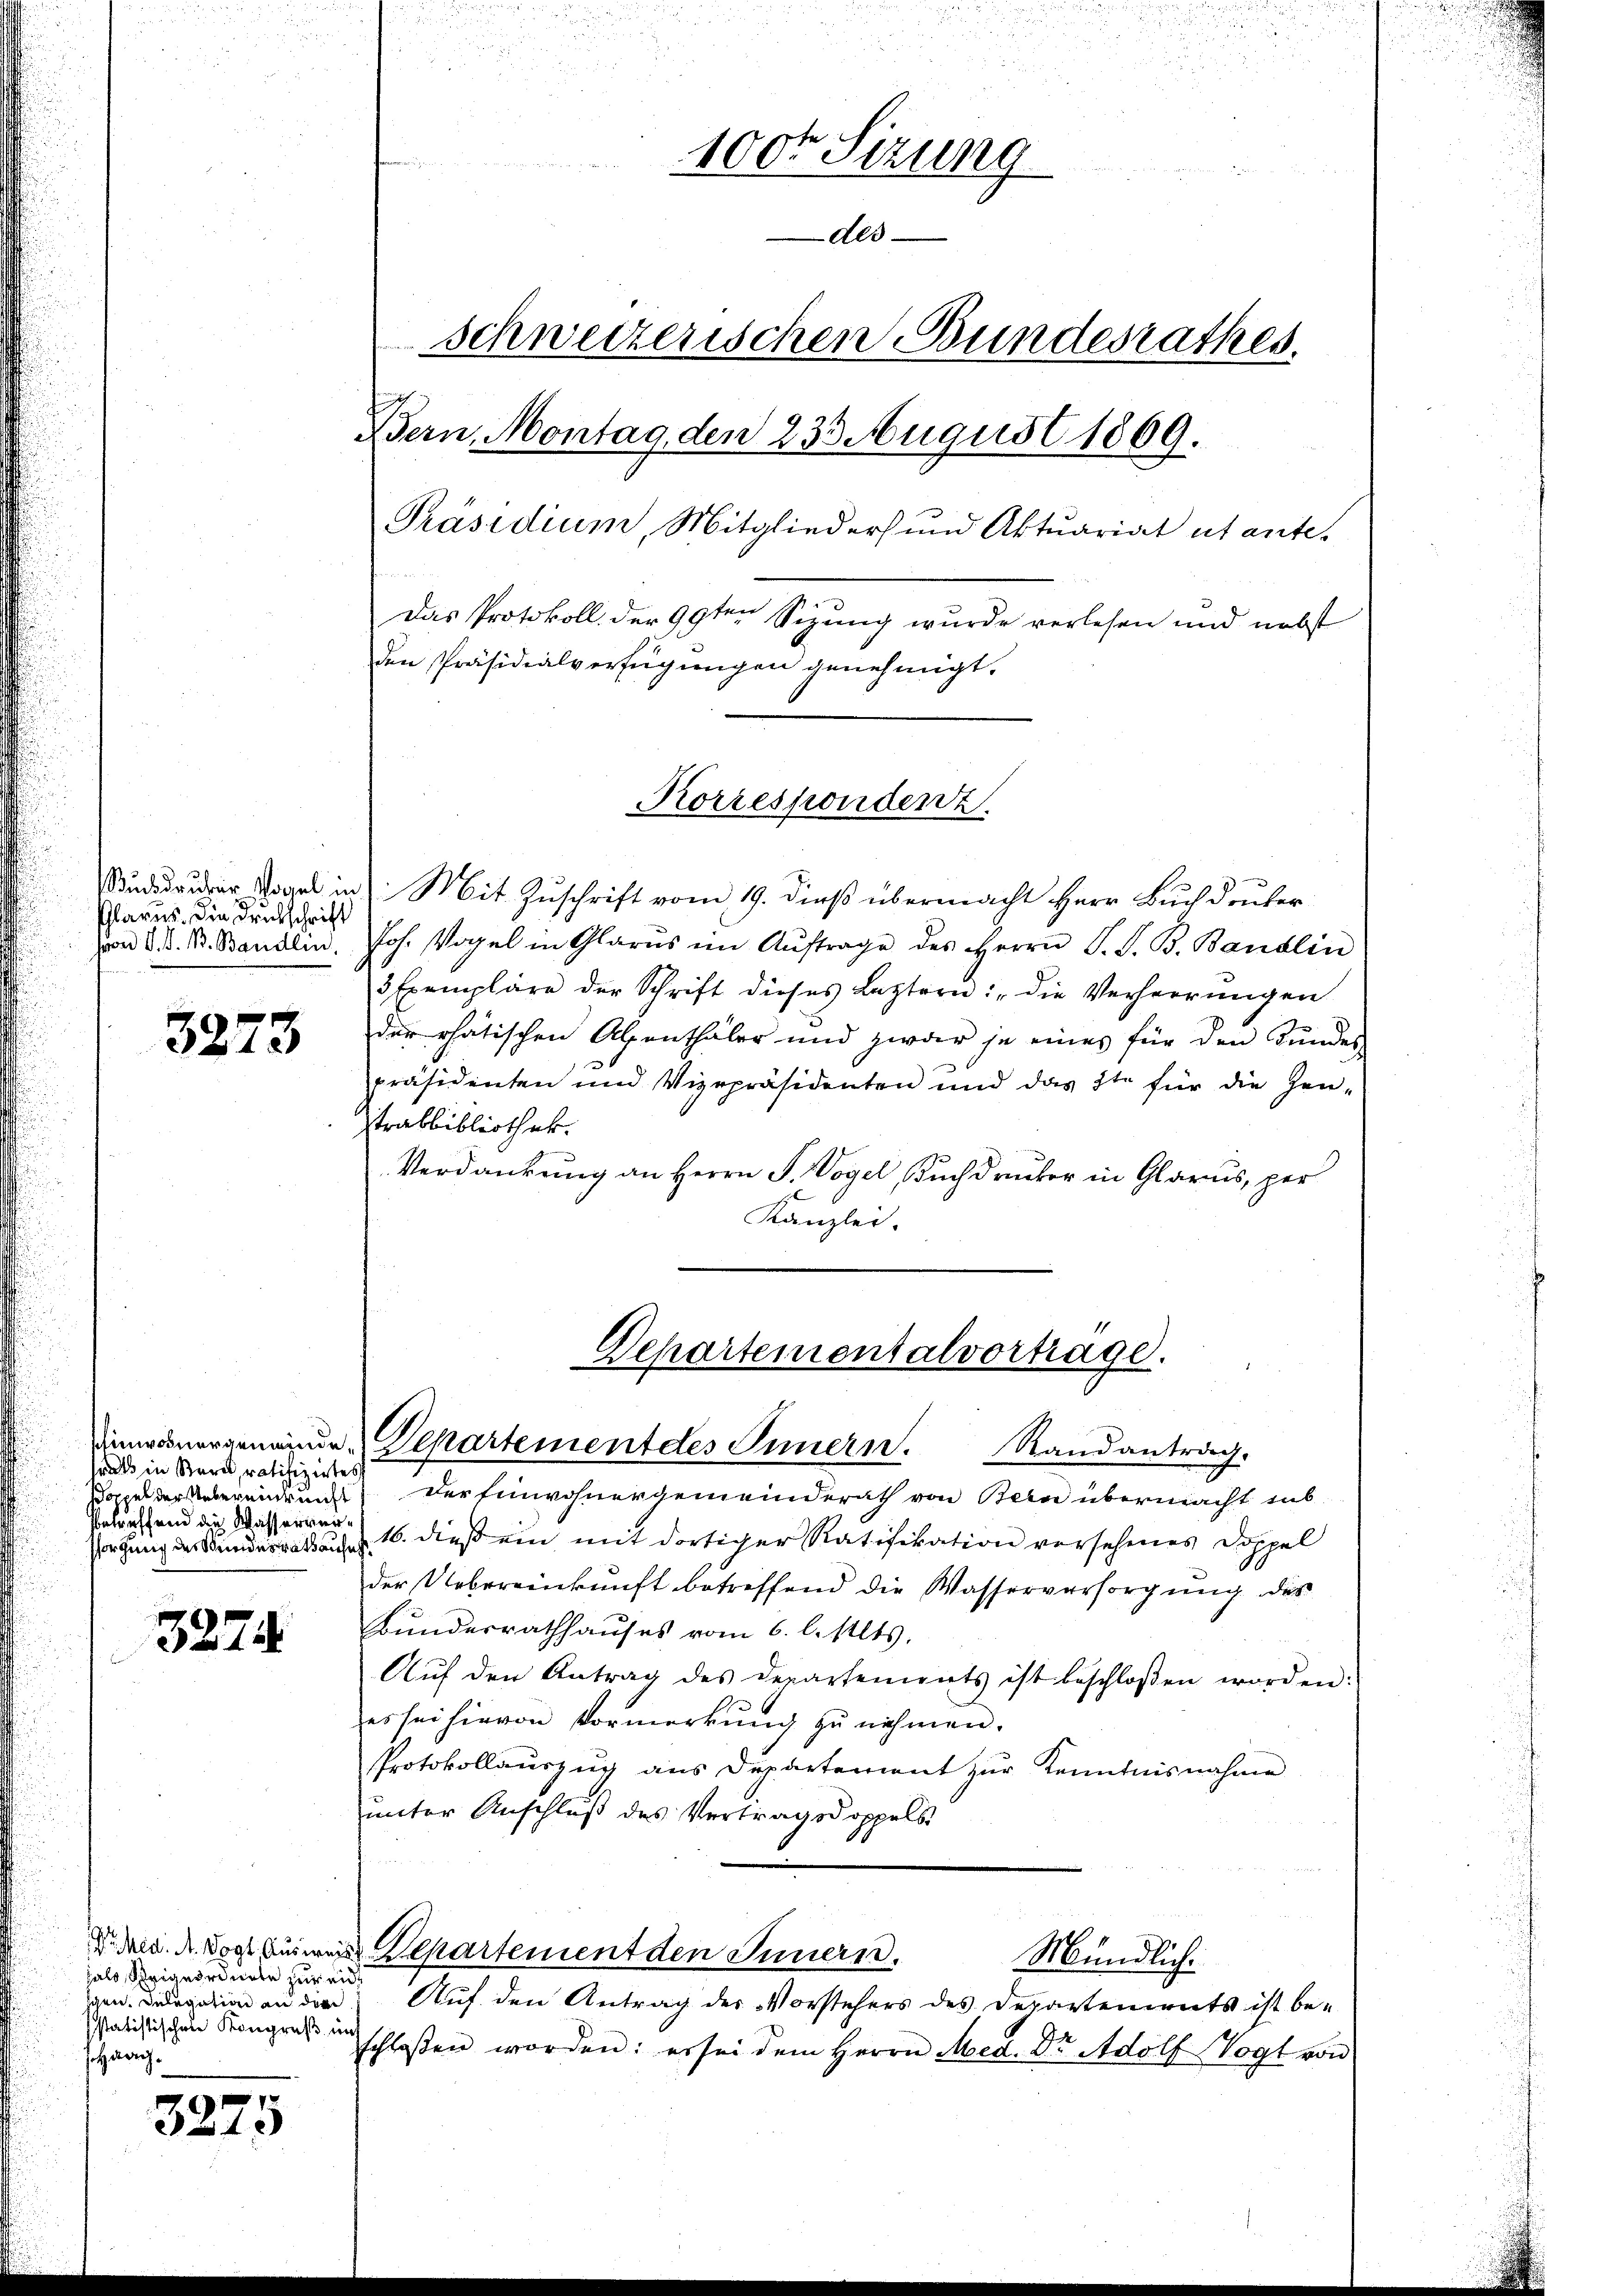
Glarus. Die Drukschrift
soon P. V. B. Bandlin.

3273

sals in Bern, ratifiziertes
Betreffend die Wasserver¬

3274.

hals Steigeordnete zur eid
Julegation an die
sstatistischen Kongruß uns
Haag.

3225

Sind dauer Krank in Mit Zuschrift vom 19. dieß übermacht Herr Buchdruker
Joh. Vogel in Glarus im Aŭftrage des Herrn P. S. B. Bandlin
3 Exemplare der Schrift dieses Leztern: "die Verherrŭngen
der phatischen Abenthäler und zwar je eines für den Bundes
präsidenten und Vizepräsidenten und das 3te für die Zeutrabbibliothek.
Verdankung an Herrn P. Vogel, Buchdruker in Glarus, per
Kanzlei.

u
.

100r Sizung
des
schweizerischen Bundesrathes.
Bern, Montag, den 233 August 1869.
Präsidium, Mitglieders und Aktuariat utante.

Das Protokoll der 99ten Sizung wurde verlesen und nebst
den Präsidialverfügungen genehmigt.

Korrespondenz.

Departementalvortrage.
dinnenergemeinde Departement des Innern. Randantrag.

Dr. d. d. dort bisweise Repartement den Innern.

Mündlich.

oppel der Uebereinkung der Einwohnergemeinderath von Bern übermacht subsorgung des Bundesrat aus 16. dieß ein mit dortiger Ratifikation versehenes Doppel
der Uebereinkunft betreffend die Wasserversorgŭng des
Bunderrathhauses vom 6. l. Mts.
Aŭf den Antrag des Departements ist beschlossen worden:
es sei hievon Vormerkŭng zŭ nehmen.
Protokollauszug aus Departement zur Kenntnisnahme
unter Anschluß des Vertragsdoppels

Auf den Antrag des Vorstehers des Departements ist beschloßen worden: er sei dem Herrn Med. Dr. Adolf Vogt von